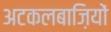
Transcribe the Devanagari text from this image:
अटकलबाज़ियों